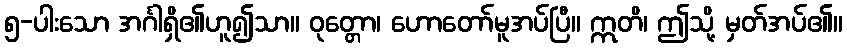
၅-ပါးသော အင်္ဂါရှိ၏ဟူ၍သာ။ ဝုတ္တော၊ ဟောတော်မူအပ်ပြီ။ ဣတိ၊ ဤသို့ မှတ်အပ်၏။